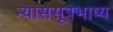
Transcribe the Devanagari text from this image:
न्याससूत्रभाष्य